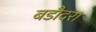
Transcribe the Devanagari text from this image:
बडौदरा